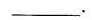
____。